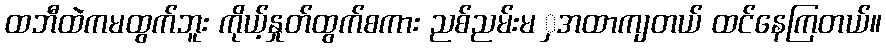
ထဘီထဲကမထွက်ဘူး ကိုယ့်နှုတ်ထွက်စကား ညစ်ညမ်းမ ှအထာကျတယ် ထင်နေကြတယ်။